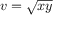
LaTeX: v = { \sqrt { x y } }